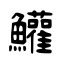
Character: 鱹